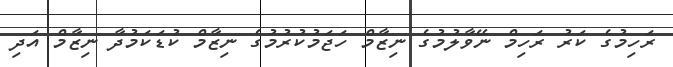
ރަހިމުގެ ކަރު ރަހިމް ނޭވާލުމުގެ ނިޒާމް ހަޖަމުކުރުމުގެ ނިޒާމް ކުޑަކަމުދާ ނިޒާމް އަދި